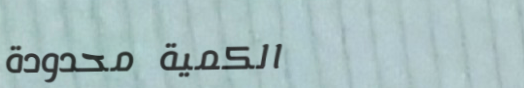
الكمية محدودة